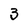
Character: 3